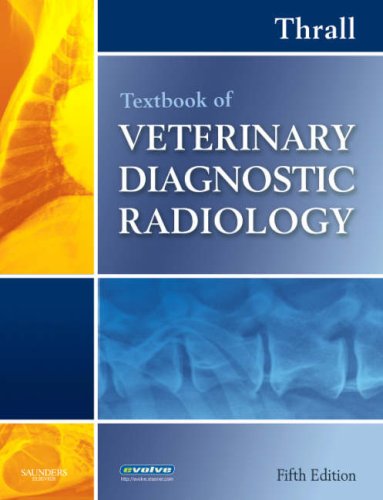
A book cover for Textbook of Veterinary Diagnostic Radiology, 5e; Donald E. Thrall DVM  PhD  DACVR; Medical Books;